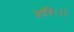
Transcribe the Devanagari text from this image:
हरिः।।